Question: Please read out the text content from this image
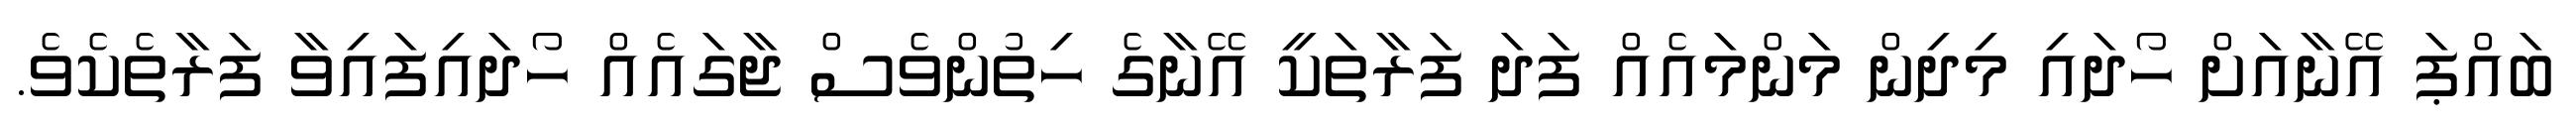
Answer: ބައްޕަ އޭނާއަށް ހޯދައި މިދިން މަންމައެއް ފަދަ ފަރާތަކީ އޭނާގެ ހިތުންވެސް ޖާގައެއް ހޯދައިފައިވާ ފަރާތެކެވެ.